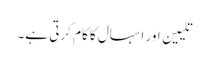
تلیین اور اسہال کا کام کرتی ہے۔